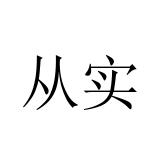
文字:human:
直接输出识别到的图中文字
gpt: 从实